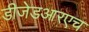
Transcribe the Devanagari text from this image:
डीजेडआरएच